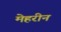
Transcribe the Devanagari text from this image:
मेहरीन